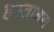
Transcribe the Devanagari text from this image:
हस्ताक्षर।